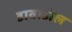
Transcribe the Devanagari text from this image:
डावाडोल